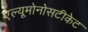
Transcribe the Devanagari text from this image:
एल्यूमोनोसटीकेट